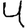
Digit: 4